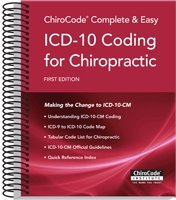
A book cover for ChiroCode Complete & Easy ICD-10 Coding for Chiropractic; ChiroCode; Medical Books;